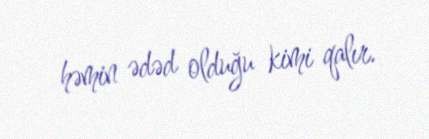
həmin ədəd olduğu kimi qalır.